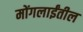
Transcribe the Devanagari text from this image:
मोंगलाईंतील